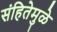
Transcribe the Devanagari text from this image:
संहितेमुळे